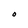
Character: O